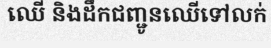
ឈើ និងដឹកជញ្ជូនឈើទៅលក់